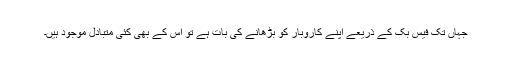
جہاں تک فیس بک کے ذریعے اپنے کاروبار کو بڑھانے کی بات ہے تو اس کے بھی کئی متبادل موجود ہیں۔